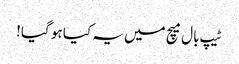
ٹیپ بال میچ میں یہ کیا ہو گیا!